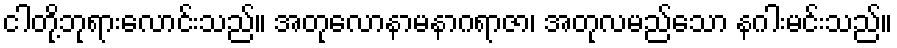
ငါတို့ဘုရားလောင်းသည်။ အတုလောနာမနာဂရာဇာ၊ အတုလမည်သော နဂါးမင်းသည်။